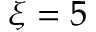
\xi = 5